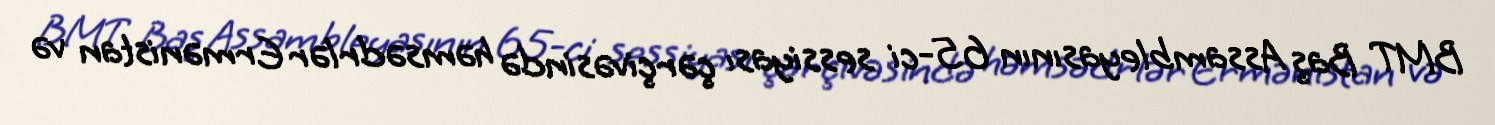
BMT Baş Assambleyasının 65-ci sessiyası çərçivəsində həmsədrlər Ermənistan və